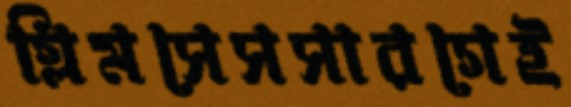
গ্লিমসেসসারগেই